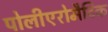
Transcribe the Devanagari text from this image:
पोलीएरोमैटिक